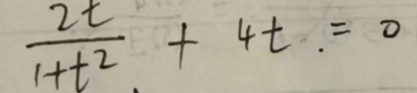
\[
\frac{2t}{1 + t^{2}}+4t = 0
\]